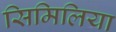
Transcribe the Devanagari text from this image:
सिमिलिया